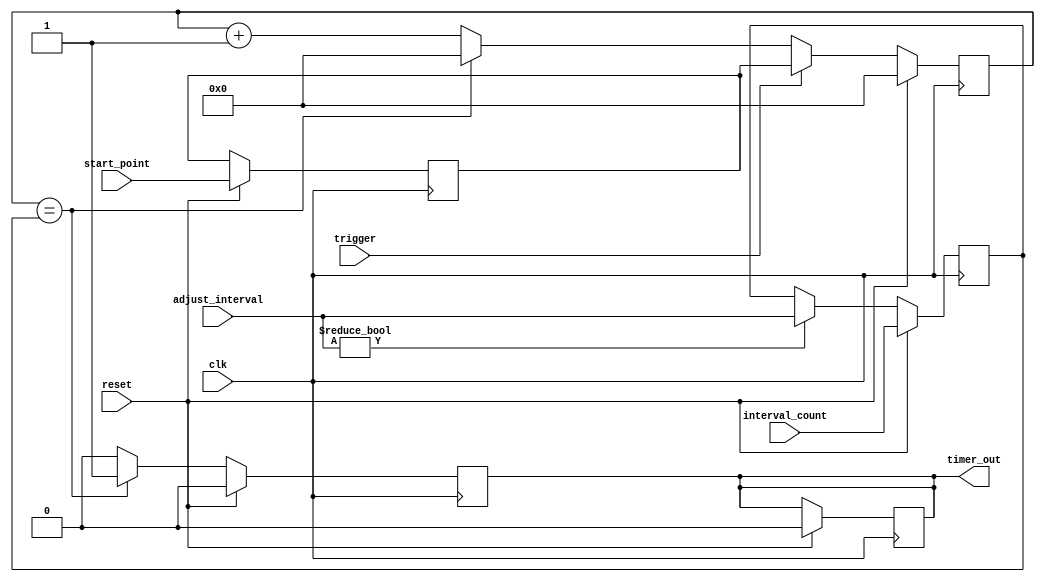
module IntervalTimer (
    input wire clk,
    input wire reset,
    input wire trigger,
    input wire [31:0] interval_count,
    input wire [31:0] start_point,
    input wire [31:0] adjust_interval,
    output reg timer_out
);

reg [31:0] count;
reg [31:0] interval;
reg [31:0] start;
reg [31:0] adjust;

always @(posedge clk) begin
    if (reset) begin
        count <= 0;
        interval <= interval_count;
        start <= start_point;
        adjust <= adjust_interval;
        timer_out <= 0;
    end else begin
        if (trigger) begin
            count <= start;
        end else begin
            count <= count + 1;
            if (count == interval) begin
                count <= 0;
            end
        end
        
        if (adjust_interval != 0) begin
            interval <= adjust_interval;
        end
    end
end

always @(posedge clk) begin
    if (reset) begin
        timer_out <= 0;
    end else begin
        if (count == interval) begin
            timer_out <= 1;
        end else begin
            timer_out <= 0;
        end
    end
end

endmodule